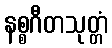
နစ္စဂီတသုတ္တံ